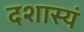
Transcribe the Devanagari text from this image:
दशास्यं